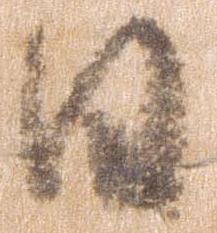
日